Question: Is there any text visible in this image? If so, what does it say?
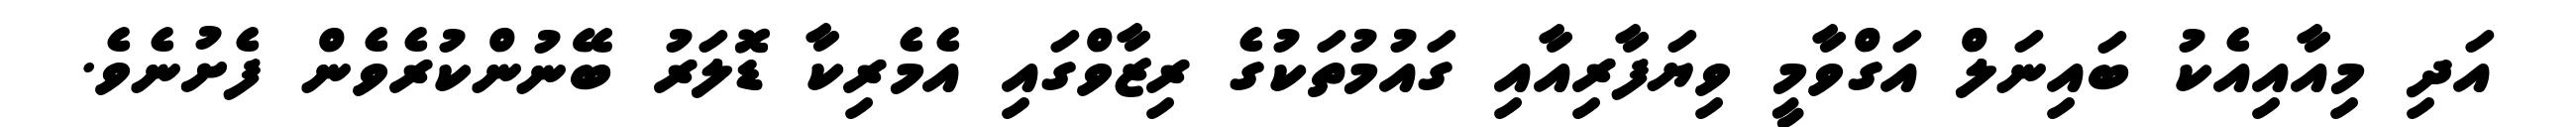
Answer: އަދި މިއާއިއެކު ބައިނަލް އަގްވާމީ ވިޔަފާރިއާއި ގައުމުތަކުގެ ރިޒާވްގައި އެމެރިކާ ޑޮލަރު ބޭނުންކުރެވެން ފެށުނެވެ.